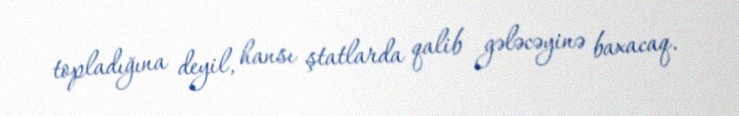
topladığına deyil, hansı ştatlarda qalib gələcəyinə baxacaq.